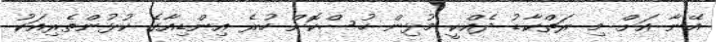
އޭނާ އަށް މި ރަތްކާޑު ދެއްކީ މުޅިން ހުސްކޮށް ހުރެ އިންޑިއާގެ ކުޅުންތެރިއަކު